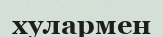
хулармен